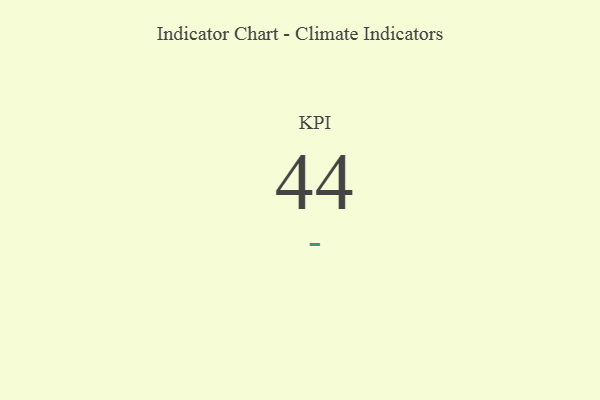
{"axis": {"x": "KPI", "y": "Value"}, "legend": [""], "data": [{"x": "KPI", "y": 44, "type": ""}]}